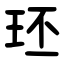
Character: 㺽